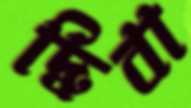
দ্বিবা